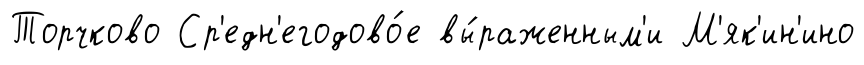
Торчково Ср'едн'егодово́е вы́раженным'и М'як'ин'ино